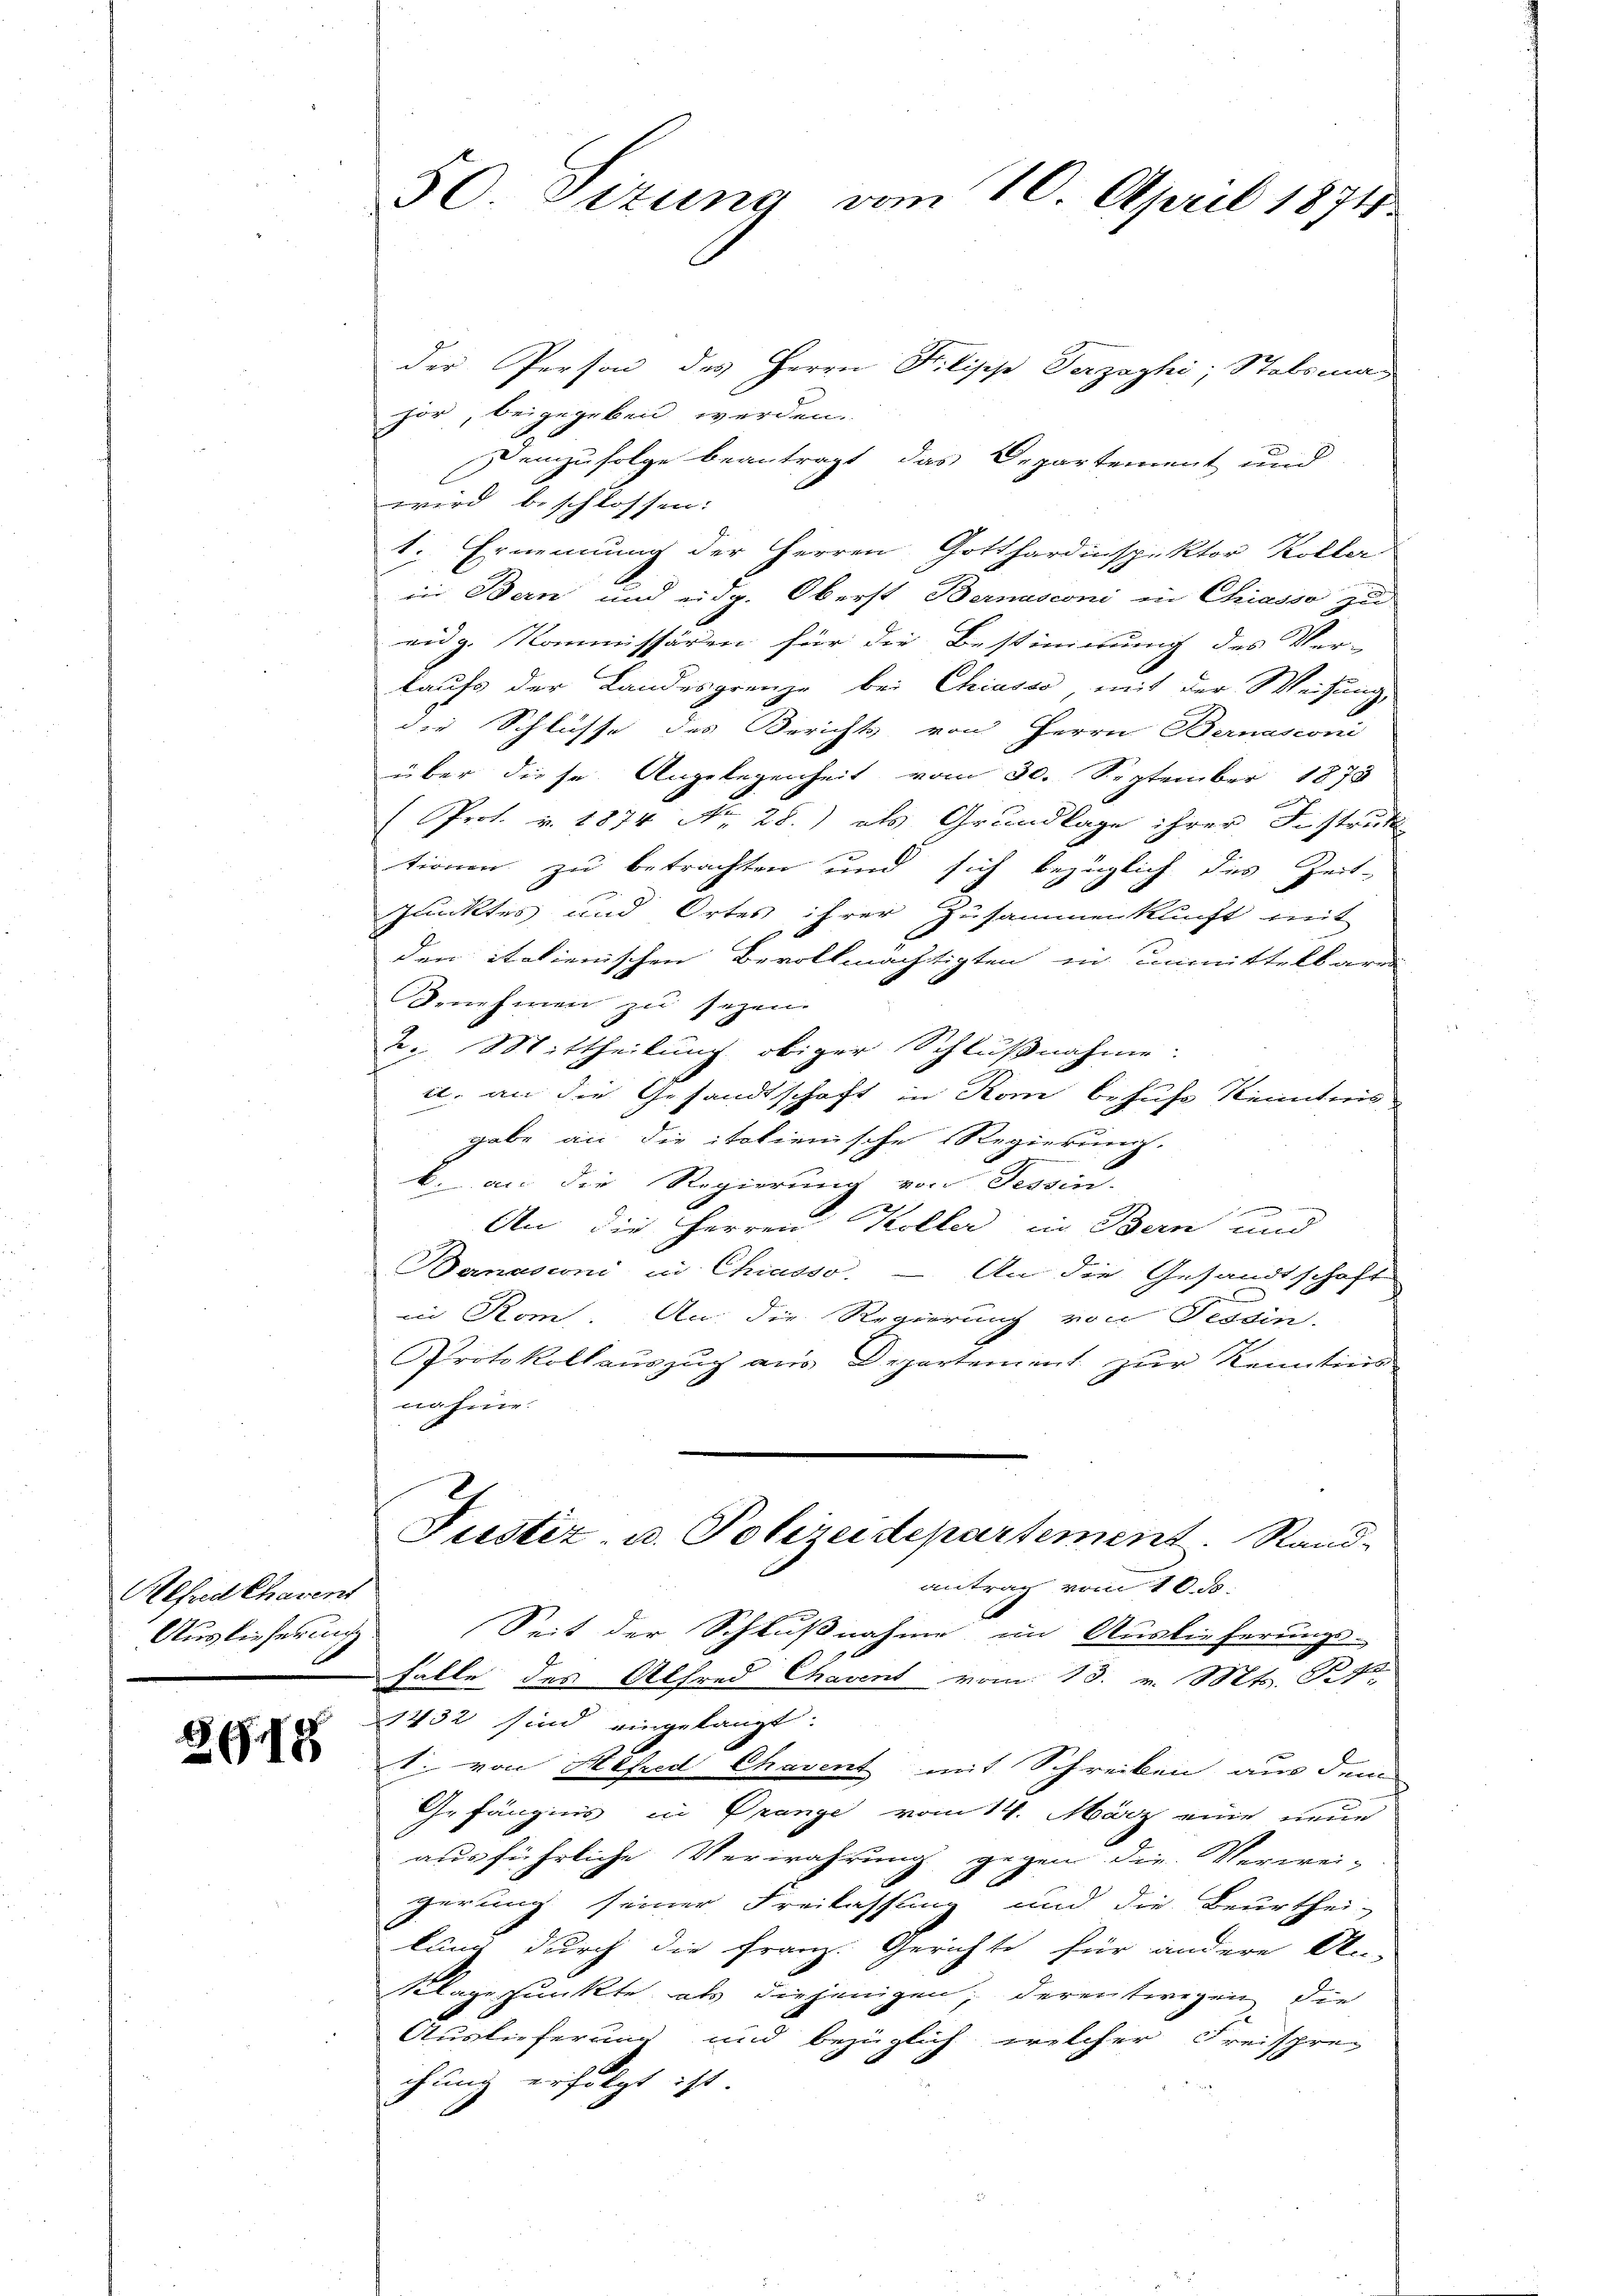
Alfred Chavent
Auslieferung

GG. 78

50. Sizung vom 10. April 1874.

der Person des Herrn Kilisch Verzaghi, Stabsma-
hor, beigegeben werden.
Demzufolge beantragt, das Departement und
wird beschlossen:
1. Ernennung der Herren Gotthardinspektor Koller
in Bern und eidg. Oberst Bernasconi in Chiasso zu
eug. Kommissären für die Bestimmung des Ver-
laufs der Landesgrenze bei Chiasso, mit der Weisung,
die Schlüsse des Berichts, von Herrn Bernasconi
über diese Angelegenheit vom 30. September 1873
(Prof. v. 1874 No 28.) als Grundlage ihrer Distruk
tionen zu betrachten und sich bezüglich des Zeit-
Punktes und Ortes ihrer Zusammenkunft mit
den italienischen Bevollmächtigten in unmittelbaren
Benehmen zu seyen.
2. Mittheilung obiger Schlußnahme:
ul. an die Gesandtschaft in Rom behufe Kenntnis
gabe an die italienische Regierung.
k. an die Regierung von Tessin-
27
An die Herren Koller in Bern und
Bernasconi in Chiasso. — An die Gesandtschaft
in Rom. An die Regierung von Tessin.
Protokollauszug aus Departement zur Kenntins
nahme.
Justiz u. Polizeidepartement. Rand-
antrag vom 10. ds.
Seit der Schlußnahme im Auslieferungs-
falle des Alfred Chavent vom 13. v. Mts. Bet
1432 sind eingelangt:
I. von Hefred Chavent mit Schreiben, aus dem
Gefängnis in Prange vom 14. März eine neue
ausführliche Verwahrung gegen die Verwei-
gerung seiner Freilassung und die Beurthei-
lung durch die Franz. Gerichte für andere An-
klage funkte als diejenigen, derentwegen die
Auslieferung und bezüglich welcher Freisprec
chung erfolgt ist.